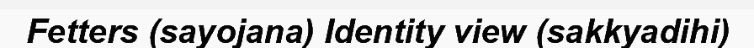
Fetters (sayojana) Identity view (sakkyadihi)